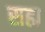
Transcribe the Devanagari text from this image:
सह्म